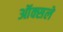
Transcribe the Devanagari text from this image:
ऑक्सले